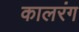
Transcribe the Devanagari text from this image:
कालरंग